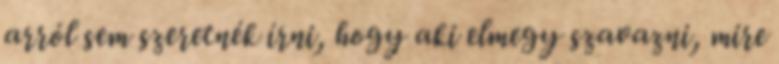
arról sem szeretnék írni, hogy aki elmegy szavazni, mire